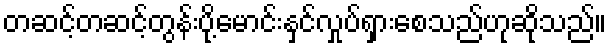
တဆင့်တဆင့်တွန်းပို့မောင်းနှင်လှုပ်ရှားစေသည်ဟုဆိုသည်။